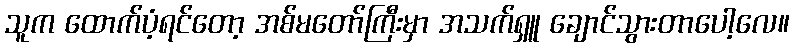
သူက ထောက်ပံ့ရင်တော့ အစ်မတော်ကြီးမှာ အသက်ရှူ ချောင်သွားတာပေါ့လေ။